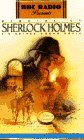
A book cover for The Memoirs of Sherlock Holmes, Volume 1 (BBC Radio Presents); Arthur Conan Doyle; Humor & Entertainment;